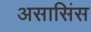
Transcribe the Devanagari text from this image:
असासिंस